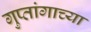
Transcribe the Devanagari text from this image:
गुप्तांगाच्या